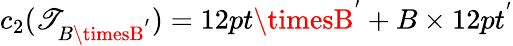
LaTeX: c_{2}(\mathscr{T}_{B\timesB^{'}})=12pt\timesB^{'}+B\times12pt^{'}